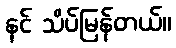
နင် သိပ်မြန်တယ်။